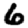
Digit: 6